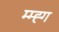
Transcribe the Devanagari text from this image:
म्म्ह्ग